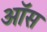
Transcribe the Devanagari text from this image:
ऑस